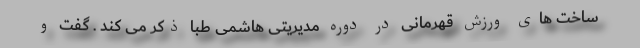
ساخت های ورزش قهرمانی در دوره مدیریتی هاشمی طبا ذکر می کند . گفت و